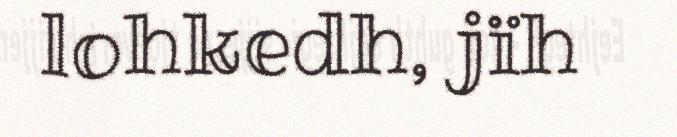
lohkedh, jïh